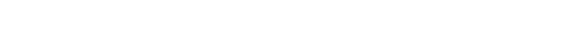
ဖဆပလခေတ်မှာ ပြည်ထဲရေးဝန်ကြီးဖြစ်ခဲ့တဲ့ ဗိုလ်ခင်မောင်ကလေးကလည်း အမျိုးသားကျောင်းမှာ